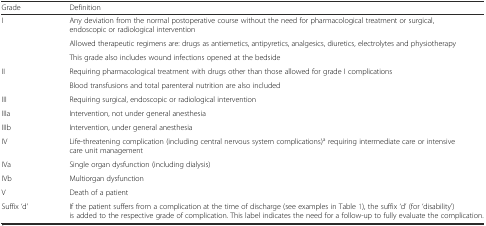
<table><thead><tr><td><b>Grade</b></td><td><b>Definition</b></td></tr></thead><tbody><tr><td rowspan="3">I</td><td>Any deviation from the normal postoperative course without the need for pharmacological treatment or surgical, endoscopic or radiological intervention</td></tr><tr><td>Allowed therapeutic regimens are: drugs as antiemetics, antipyretics, analgesics, diuretics, electrolytes and physiotherapy</td></tr><tr><td>This grade also includes wound infections opened at the bedside</td></tr><tr><td rowspan="2">II</td><td>Requiring pharmacological treatment with drugs other than those allowed for grade I complications</td></tr><tr><td>Blood transfusions and total parenteral nutrition are also included</td></tr><tr><td>III</td><td>Requiring surgical, endoscopic or radiological intervention</td></tr><tr><td>IIIa</td><td>Intervention, not under general anesthesia</td></tr><tr><td>IIIb</td><td>Intervention, under general anesthesia</td></tr><tr><td>IV</td><td>Life-threatening complication (including central nervous system complications)<sup>a</sup> requiring intermediate care or intensive care unit management</td></tr><tr><td>IVa</td><td>Single organ dysfunction (including dialysis)</td></tr><tr><td>IVb</td><td>Multiorgan dysfunction</td></tr><tr><td>V</td><td>Death of a patient</td></tr><tr><td>Suffix ‘d’</td><td>If the patient suffers from a complication at the time of discharge (see examples in Table 1), the suffix ‘d’ (for ‘disability’) is added to the respective grade of complication. This label indicates the need for a follow-up to fully evaluate the complication.</td></tr></tbody></table>